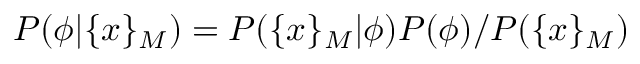
P ( \phi | \{ x \} _ { M } ) = P ( \{ x \} _ { M } | \phi ) P ( \phi ) / P ( \{ x \} _ { M } )